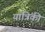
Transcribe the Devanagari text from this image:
यात्रिंकी